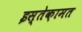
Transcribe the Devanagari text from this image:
इस्तेक़ामत